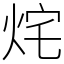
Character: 烢